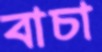
বাচা